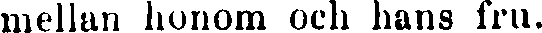
mellan honom och hans fru.